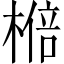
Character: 𱤆